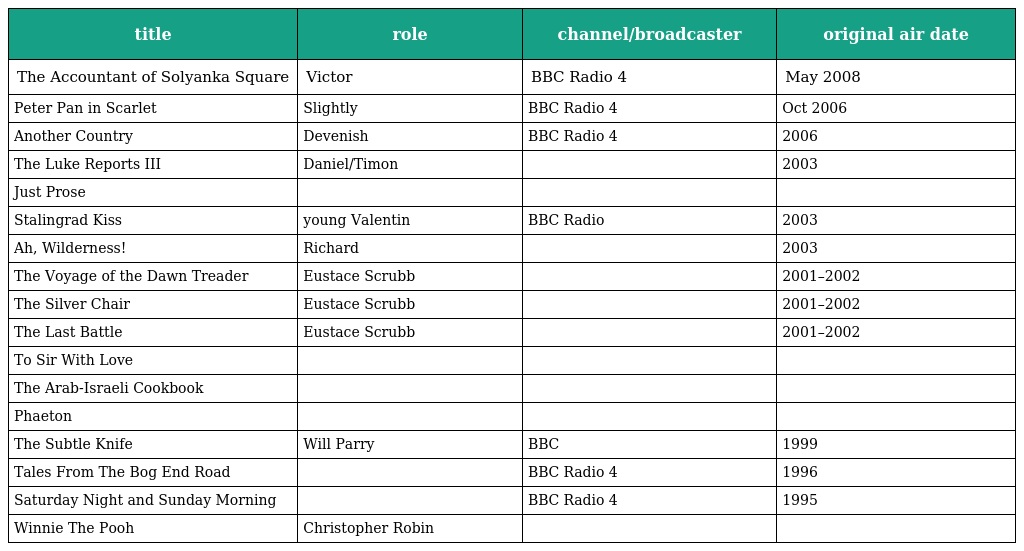
| title | role | channel/broadcaster | original air date |
 | --- | --- | --- | --- |
 | The Accountant of Solyanka Square | Victor | BBC Radio 4 | May 2008 |
 | Peter Pan in Scarlet | Slightly | BBC Radio 4 | Oct 2006 |
 | Another Country | Devenish | BBC Radio 4 | 2006 |
 | The Luke Reports III | Daniel/Timon |  | 2003 |
 | Just Prose |  |  |  |
 | Stalingrad Kiss | young Valentin | BBC Radio | 2003 |
 | Ah, Wilderness! | Richard |  | 2003 |
 | The Voyage of the Dawn Treader | Eustace Scrubb |  | 2001–2002 |
 | The Silver Chair | Eustace Scrubb |  | 2001–2002 |
 | The Last Battle | Eustace Scrubb |  | 2001–2002 |
 | To Sir With Love |  |  |  |
 | The Arab-Israeli Cookbook |  |  |  |
 | Phaeton |  |  |  |
 | The Subtle Knife | Will Parry | BBC | 1999 |
 | Tales From The Bog End Road |  | BBC Radio 4 | 1996 |
 | Saturday Night and Sunday Morning |  | BBC Radio 4 | 1995 |
 | Winnie The Pooh | Christopher Robin |  |  |